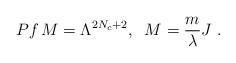
LaTeX: \begin{align*}Pf \, M = \Lambda^{2N_c+2}, \; \; M=\frac{m}{\lambda}J \ .\end{align*}